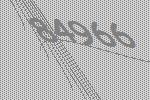
84966